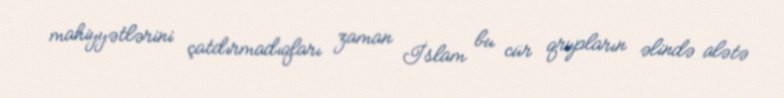
mahiyyətlərini çatdırmadıqları zaman İslam bu cür qrupların əlində alətə